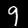
Label: 9